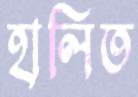
হালিত